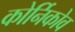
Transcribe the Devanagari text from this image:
कोर्निकोव